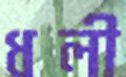
ধলী